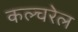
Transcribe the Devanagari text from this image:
कल्चरेल